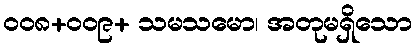
၀၀၈+၀၀၉+ သမသမော၊ အတုမရှိသော